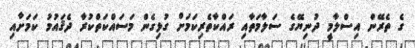
ގެ ތެރޭން އިސްލާމީ ދުނިޔޭގެ ސަލާމަތާއި ރައްކާތެރިކަމަށް ގުޅިގެން މަސައްކަތްކުރާ ދެޤައުމު ކަމަށާއި